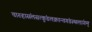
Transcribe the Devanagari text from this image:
चारुहासंलसत्कुंडलक्रान्तगंडस्थलांगम्‌